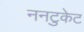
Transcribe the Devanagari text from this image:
ननटुकेट